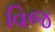
વિજ